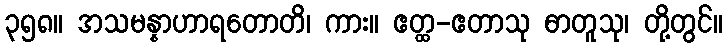
၃၅၈။ အသမန္နာဟာရတောတိ၊ ကား။ ဧတ္ထ-ဧတာသု ဓာတူသု၊ တို့တွင်။